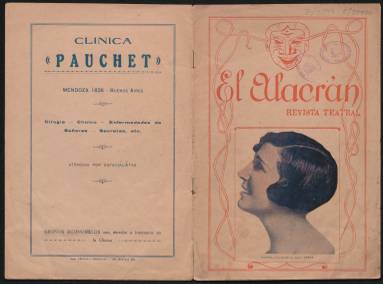
Título: El Alacrán (Buenos Aires)
Colección: Teatro
Ámbito geográfico: Argentina
Lugar de publicación: Buenos Aires
Fechas: 06/04/1926-06/04/1926